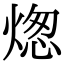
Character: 㷓